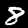
Label: 8